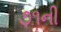
૭૧ની